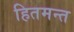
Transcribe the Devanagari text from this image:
हितमन्त